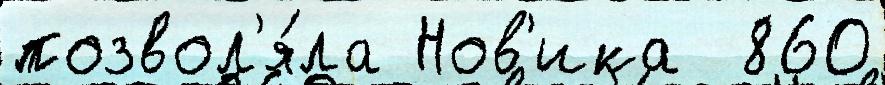
позвол'я́ла Нов'ика  860